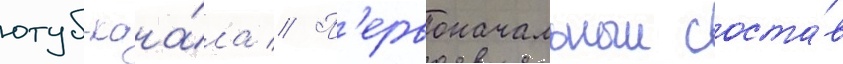
ютуб-кана́ла // П'ервоначальныи соста́в